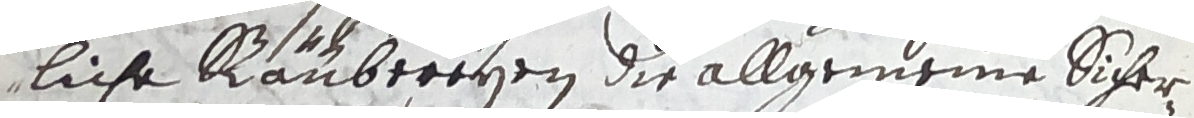
liche räubereyen die allgemeine sicher